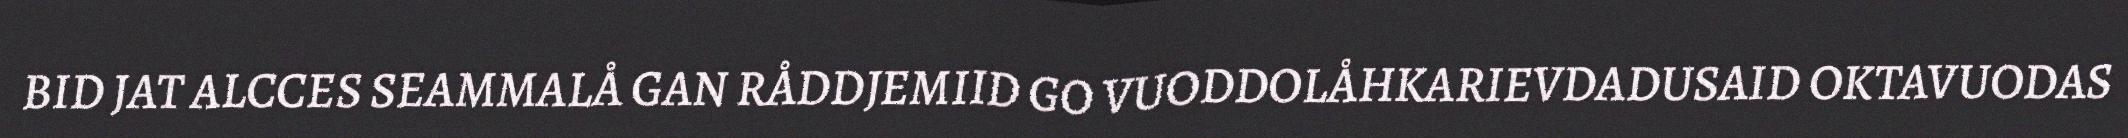
BID JAT ALCCES SEAMMALÅ GAN RÅDDJEMIID GO VUODDOLÅHKARIEVDADUSAID OKTAVUODAS